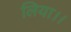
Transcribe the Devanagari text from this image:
लिया।।